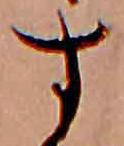
す